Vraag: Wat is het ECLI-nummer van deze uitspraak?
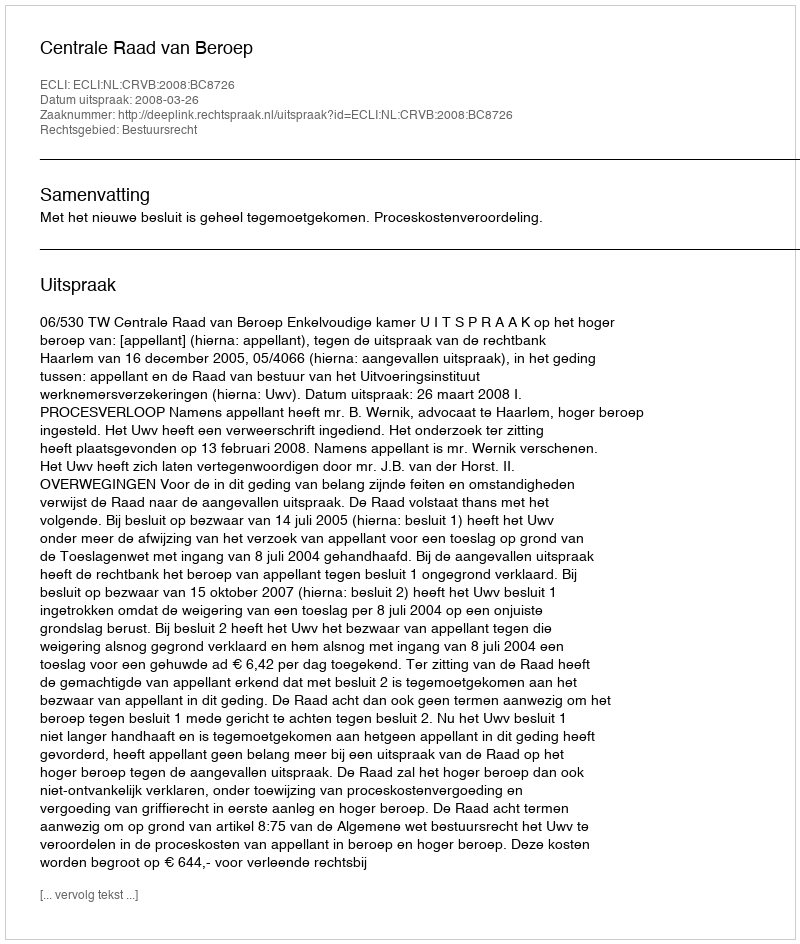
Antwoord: ECLI:NL:CRVB:2008:BC8726